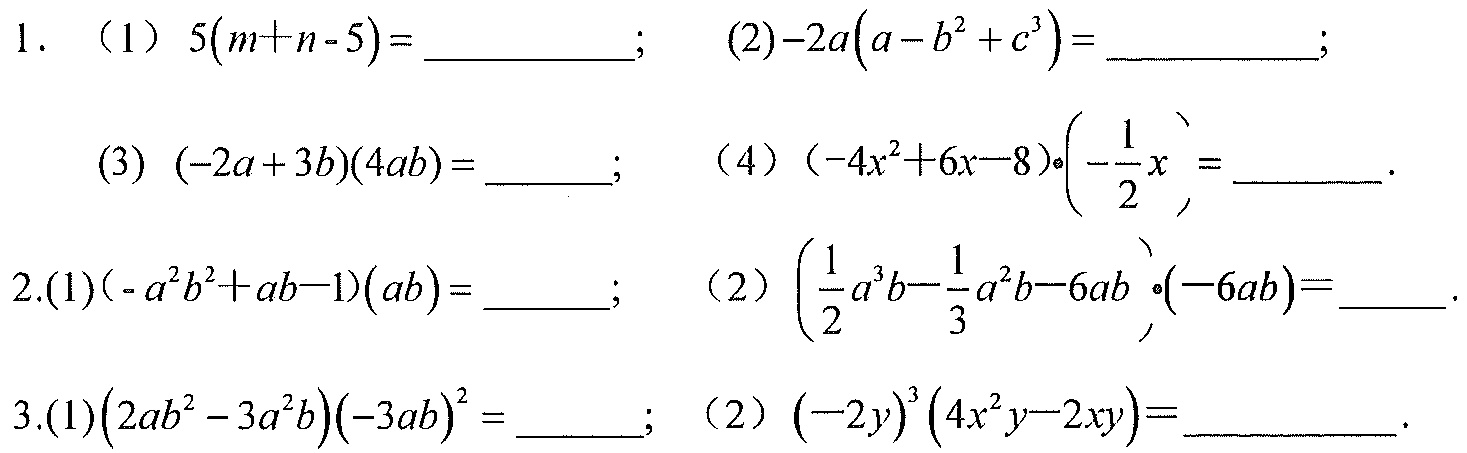
1. （1）\(5(m + n - 5)=\underline{\quad\quad}\); （2）\(-2a(a - b^{2}+c^{3})=\underline{\quad\quad}\);
（3）\((-2a + 3b)(4ab)=\underline{\quad}\); （4）\((-4x^{2}+6x - 8)\cdot\left(-\frac{1}{2}x\right)=\underline{\quad\quad}\).
2.(1)\((-a^{2}b^{2}+ab - 1)(ab)=\underline{\quad}\); （2）\(\left(\frac{1}{2}a^{3}b-\frac{1}{3}a^{2}b - 6ab\right)\cdot(-6ab)=\underline{\quad}\).
3.(1)\((2ab^{2}-3a^{2}b)(-3ab)^{2}=\underline{\quad}\); （2）\((-2y)^{3}(4x^{2}y - 2xy)=\underline{\quad\quad}\).